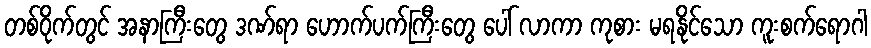
တစ်ဝိုက်တွင် အနာကြီးတွေ ဒဏ်ရာ ဟောက်ပက်ကြီးတွေ ပေါ် လာကာ ကုစား မရနိုင်သော ကူးစက်ရောဂါ